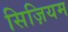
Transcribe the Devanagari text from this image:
सिज़ियम